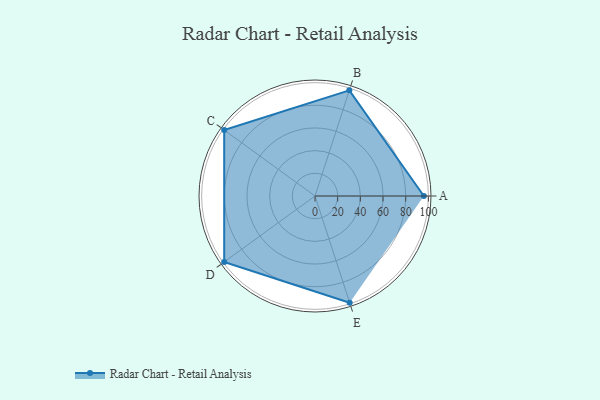
{"axis": {"x": "Skill", "y": "Score"}, "legend": ["Profile"], "data": [{"x": "A", "y": 96.0, "type": "Profile"}, {"x": "B", "y": 98.0, "type": "Profile"}, {"x": "C", "y": 99, "type": "Profile"}, {"x": "D", "y": 99, "type": "Profile"}, {"x": "E", "y": 99, "type": "Profile"}]}